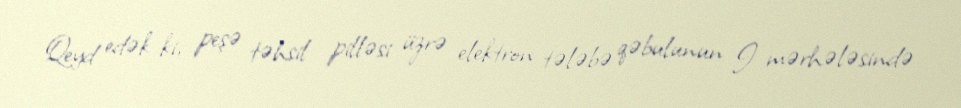
Qeyd edək ki, peşə təhsil pilləsi üzrə elektron tələbə qəbulunun I mərhələsində